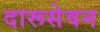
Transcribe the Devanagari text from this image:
दारूसेवन